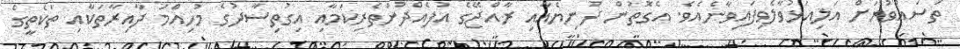
ތަސައްވުރަށް އަލިއަޅުވާލެވިފައިވާނެއެވެ. އެގޮތުން ދުނިޔެއާއި ރާއްޖޭގެ އުފެއްދުންތެރިކަމާއި އިގުތިސާދުގެ މުހިއްމު ދާއިރާތަކާއި ތަކެތީގެ